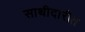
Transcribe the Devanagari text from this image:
साथीदारीत